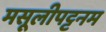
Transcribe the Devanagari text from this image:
मसूलीपट्टनम